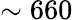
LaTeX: \sim 660